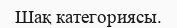
Шақ категориясы.